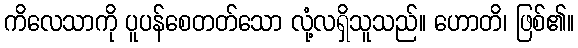
ကိလေသာကို ပူပန်စေတတ်သော လုံ့လရှိသူသည်။ ဟောတိ၊ ဖြစ်၏။